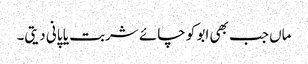
ماں جب بھی ابو کو چائے شربت یا پانی دیتی۔